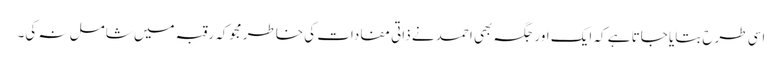
اسی طرح بتایا جاتا ہے کہ ایک اور جگہ بھی احمد نے ذاتی مفادات کی خاطر مجوکہ رقبہ میں شامل نہ کی۔